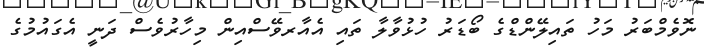
ނޮވެމްބަރު މަހު ތައިލޭންޑްގެ ބޯޑަރު ހުޅުވާލާ ތައި އެއާރވޭސްއިން މިހާރުވެސް ދަނީ އެގައުމުގެ